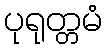
ပုရုတ္တမံ